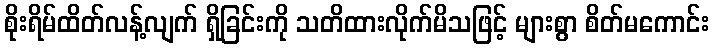
စိုးရိမ်ထိတ်လန့်လျက် ရှိခြင်းကို သတိထားလိုက်မိသဖြင့် များစွာ စိတ်မကောင်း